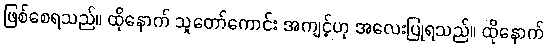
ဖြစ်စေရသည်။ ထိုနောက် သူတော်ကောင်း အကျင့်ဟု အလေးပြုရသည်။ ထိုနောက်